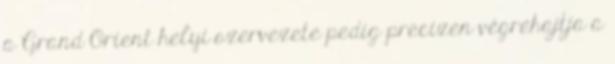
a Grand Orient helyi szervezete pedig precízen végrehajtja a